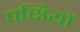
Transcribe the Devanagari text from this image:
पक्षिय़ों